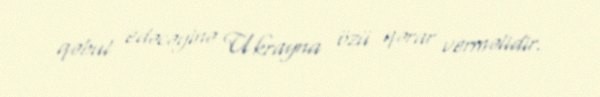
qəbul edəcəyinə Ukrayna özü qərar verməlidir.